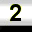
Digit: 2